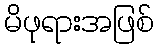
မိဖုရားအဖြစ်